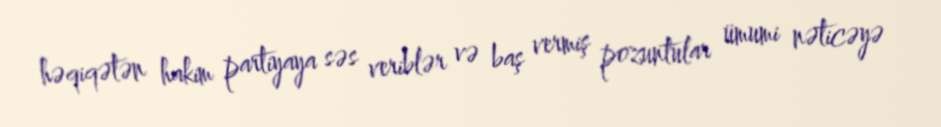
həqiqətən hakim partiyaya səs veriblər və baş vermiş pozuntular ümumi nəticəyə